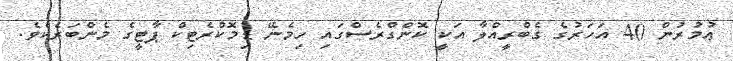
ޢުމުރުން 40 އަހަރުގެ ގެބްރީއްލާ އަކީ ކޮންގްރެސްގައި ހިމެނޭ ޑިމޮކްރެޓިކް ޕާޓީގެ މެންބަރެކެވެ.